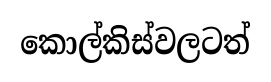
කොල්කිස්වලටත්